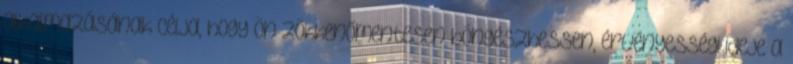
alkalmazásának célja, hogy Ön zökkenőmentesen böngészhessen, érvényességi ideje a